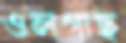
ওলগাছ